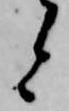
と